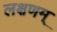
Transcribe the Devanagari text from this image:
लक्षणम्